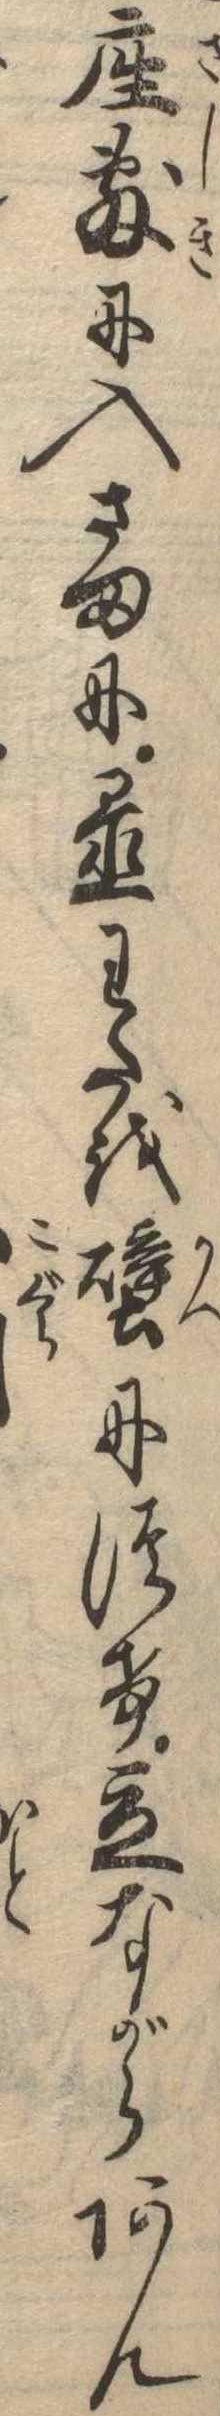
座敷に入さまに置わたを壁につけ立ながらあん